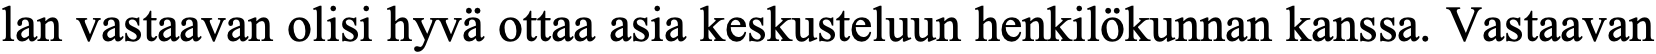
lan vastaavan olisi hyvä ottaa asia keskusteluun henkilökunnan kanssa. Vastaavan